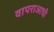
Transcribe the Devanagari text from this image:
वापराआधी